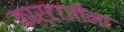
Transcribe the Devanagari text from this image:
कार्टाजीना